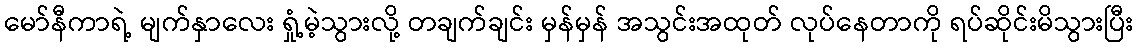
မော်နီကာရဲ့ မျက်နှာလေး ရှုံ့မဲ့သွားလို့ တချက်ချင်း မှန်မှန် အသွင်းအထုတ် လုပ်နေတာကို ရပ်ဆိုင်းမိသွားပြီး